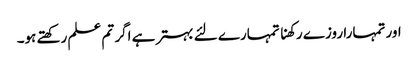
اور تمہارا روزے رکھنا تمہارے لئے بہتر ہے اگر تم علم رکھتے ہو۔